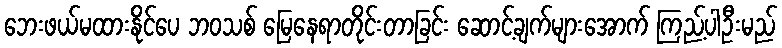
ဘေးဖယ်မထားနိုင်ပေ ဘဝသစ် မြေနေရာတိုင်းတာခြင်း ဆောင့်ချက်များအောက် ကြည့်ပါဦးမည်